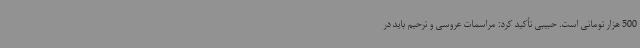
500 هزار تومانی است. حبیبی تأکید کرد: مراسمات عروسی و ترحیم باید در